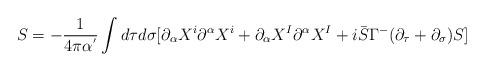
LaTeX: \begin{align*}S=-\frac{1}{4\pi\alpha^{'}}\int d\tau d\sigma[\partial_{\alpha}X^{i}\partial^{\alpha}X^{i}+\partial_{\alpha}X^{I}\partial^{\alpha}X^{I}+i\bar{S}\Gamma^{-}(\partial_{\tau}+\partial_{\sigma})S]\end{align*}